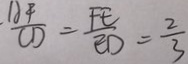
\frac { A F } { C D } = \frac { F E } { E D } = \frac { 2 } { 3 }